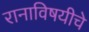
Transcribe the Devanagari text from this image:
रानाविषयीचे